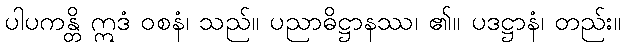
ပါပကန္တိ ဣဒံ ဝစနံ၊ သည်။ ပညာဓိဋ္ဌာနဿ၊ ၏။ ပဒဋ္ဌာနံ၊ တည်း။